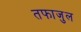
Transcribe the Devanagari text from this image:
तफाजुल